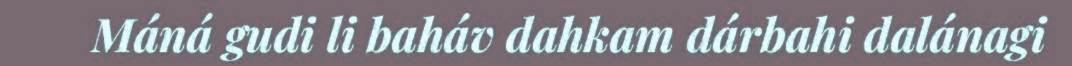
Máná gudi li baháv dahkam dárbahi dalánagi